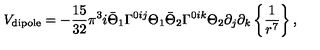
V _ { \mathrm { d i p o l e } } = - { \frac { 1 5 } { 3 2 } } \pi ^ { 3 } i \bar { \Theta } _ { 1 } \Gamma ^ { 0 i j } \Theta _ { 1 } \bar { \Theta } _ { 2 } \Gamma ^ { 0 i k } \Theta _ { 2 } \partial _ { j } \partial _ { k } \left\{ { \frac { 1 } { r ^ { 7 } } } \right\} ,